Lunatic asylums Bombay report 1878-1890 - 1878-1890
Year: 1878
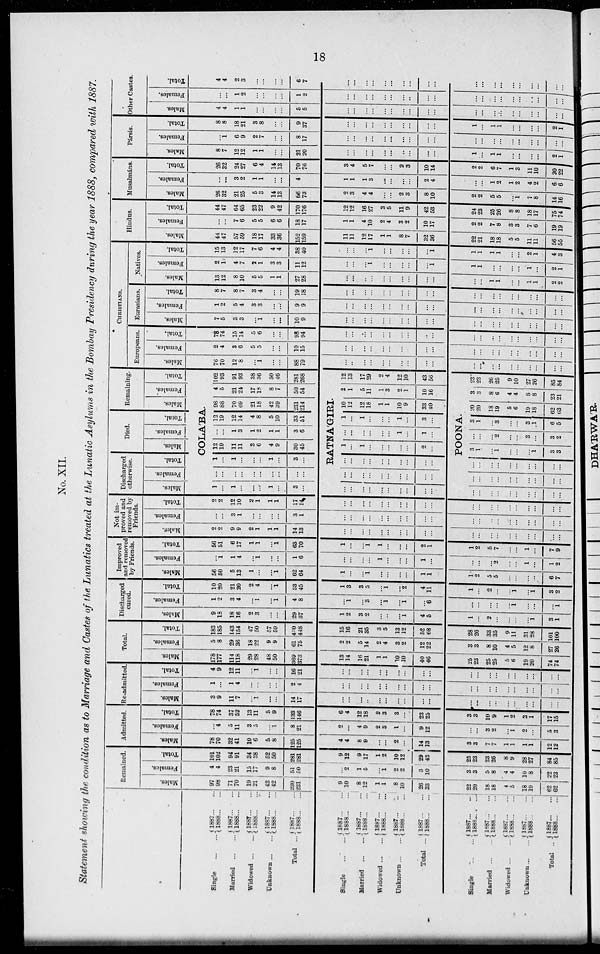
18
No. XII.
Statement showing the condition as to Marriage and Castes of the Lunatics treated at the Lunatic Asylums in the Bombay Presidency during the year 1888, compared with 1887.
Single ...
Married ...
Widowed ...
Unknown ...
Total ...
1887 ... ...
1888 ... ...
1887 ... ...
1888 ... ...
1887 ... ...
1888 ... ...
1887 ... ...
1888 ... ...
1887 ... ...
1888 ... ...
Single ...
Married
...
Widowed ...
Unknown ...
Total ...
Single ...
Married ...
Widowed ...
Unknown ...
Total ...
1887 ... ...
1888 ... ...
1887 ... ...
1888 ... ...
1887 ... ...
1888 ... ...
1887 ... ...
1888 ... ...
1887 ... ...
1888 ... ...
1887 ... ...
1888 ... ...
1887 ... ...
1888 ... ...
1887 ... ...
1888 ... ...
1887 ... ...
1888
...
...
1887 ... ...
1888 ... ...
Remained.
Males.
97
98
71
70
19
21
43
42
230
231
9
10
8
12
1
1
8
10
26
33
22
20
18
18
4
5
18
19
62
62
Females.
4
4
23
21
15
17
9
8
51
50
...
2
1
5
...
1
2
2
3
10
3
3
5
8
4
4
10
8
22
23
Total.
101
102
94
91
34
38
52
50
281
281
9
12
9
17
1
2
10
12
29
43
25
23
23
26
8
9
28
27
84
85
Admitted.
Males.
78
70
32
41
10
6
5
8
125
125
4
4
8
9
...
...
2
...
14
13
3
3
7
7
1
1
1
1
12
12
Females.
...
4
5
11
3
5
...
1
8
21
2
...
4
9
2
3
1
...
9
12
...
...
3
2
...
1
2
...
5
3
Total.
78
74
37
52
13
11
5
9
133
146
6
4
12
18
2
3
3
...
23
25
3
3
10
9
1
2
3
1
17
15
Re-admitted.
Males.
3
9
11
7
...
1
...
...
14
17
...
...
...
...
...
...
...
...
...
...
...
...
...
...
...
...
...
...
...
...
Females.
1
...
1
4
...
...
...
...
2
4
...
...
...
...
...
...
...
...
...
...
...
...
...
...
...
...
...
...
...
...
Total.
4
9
12
11
...
1
...
...
16
21
...
...
...
...
...
...
...
...
...
...
...
...
...
...
...
...
...
...
...
...
Total.
Males.
178
177
114
118
29
28
48
50
369
373
13
14
16
21
1
1
10
10
40
46
25
23
25
25
5
6
19
20
74
74
Females.
5
8
29
36
18
22
9
9
61
75
2
2
5
14
2
4
3
2
12
22
3
3
8
10
4
5
12
8
27
26
Total.
183
185
143
154
47
50
57
59
430
448
15
16
21
35
3
5
13
12
52
68
28
26
33
35
9
11
31
28
101
100
Discharged
cured.
Males.
9
18
18
16
2
3
...
...
29
37
1
2
3
2
...
...
...
1
4
5
1
...
2
...
...
...
...
1
3
1
Females.
1
2
3
4
...
1
...
1
4
8
...
1
...
3
...
1
...
1
...
6
...
...
...
...
...
1
...
...
...
1
Total.
10
20
21
20
2
4
...
1
33
45
1
3
3
5
...
1
...
2
4
11
1
...
2
...
...
1
...
1
3
2
Improved
and removed
by Friends.
Males.
56
50
5
13
1
...
...
1
62
64
1
...
...
1
...
...
...
...
1
1
1
2
5
5
...
...
...
...
6
7
Females.
...
1
1
4
...
1
...
...
1
6
...
...
...
...
1
...
...
...
1
...
...
...
...
2
...
...
1
...
1
2
Total.
56
51
6
17
1
1
...
1
63
70
1
...
...
1
1
...
...
...
2
1
1
2
5
7
...
...
1
...
7
9
Not im-
proved and
removed by
Friends.
Males.
2
2
9
9
2
1
1
1
14
13
...
...
...
...
...
...
...
...
...
...
...
...
...
...
...
...
...
...
...
...
Females.
...
...
3
1
...
...
...
...
3
1
...
...
...
...
...
...
...
...
...
...
...
...
...
...
...
...
...
...
...
...
Total.
2
2
12
10
2
1
1
1
17
14
...
...
...
...
...
...
...
...
...
...
...
...
...
...
...
...
...
...
...
...
Discharged
otherwise.
Males.
Females.
Total.
Died.
Males.
Females.
Total.
Remaining.
Males.
Females.
Total.
COLA'BA.
1
...
1
...
...
...
1
...
3
...
...
...
...
...
...
...
...
...
...
...
1
...
1
...
...
...
1
...
3
...
12
19
11
11
3
6
4
9
30
45
...
...
1
3
1
2
1
1
3
6
12
19
12
14
4
8
5
10
33
51
98
88
70
69
21
18
42
39
231
214
4
5
21
24
17
18
8
7
50
54
102
93
91
93
38
36
50
46
281
268
RATNA'GIRI.
...
...
...
...
...
...
...
...
...
...
...
...
...
...
...
...
...
...
...
...
...
...
...
...
...
...
...
...
...
...
1
...
1
...
...
...
...
...
2
...
...
...
...
...
...
...
1
...
1
...
1
...
1
...
...
...
1
...
3
...
10
12
12
18
1
1
10
9
33
40
2
1
5
11
1
3
2
1
10
16
12
13
17
29
2
4
12
10
43
56
POONA.
...
...
...
...
...
...
...
...
...
...
...
...
...
...
...
...
...
...
...
...
...
...
...
...
...
...
...
...
...
...
3
1
...
1
...
...
1
3
3
...
...
...
2
...
...
3
...
3
2
3
1
...
3
...
...
3
1
6
5
20
20
18
19
5
6
19
18
62
63
3
3
8
6
4
4
8
8
23
21
23
23
26
25
9
10
27
26
85
84
CHRISTIANS.
Europeans.
Males.
76
70
12
8
...
1
...
...
88
79
...
...
...
...
...
...
...
...
...
...
...
...
...
...
...
...
...
...
...
...
Females.
2
4
3
6
5
5
...
...
10
15
...
...
...
...
...
...
...
...
...
...
...
...
...
...
...
...
...
...
...
...
Total.
78
74
15
14
5
6
...
...
98
94
...
...
...
...
...
...
...
...
...
...
...
...
...
...
...
...
...
...
...
...
Eurasians.
Males.
7
5
3
3
...
1
...
...
10
9
...
...
...
...
...
...
...
...
...
...
...
...
...
...
...
...
...
...
...
...
Females.
1
2
5
4
3
3
...
...
9
9
...
...
...
...
...
...
...
...
...
...
...
...
...
...
...
...
...
...
...
...
Total.
8
7
8
7
3
4
...
...
19
18
...
...
...
...
...
...
...
...
...
...
...
...
...
...
...
...
...
...
...
...
Natives.
Males.
13
12
8
10
5
5
1
1
27
28
...
...
...
...
...
...
...
...
...
...
...
...
1
1
...
...
1
1
2
2
Females.
2
1
4
7
2
1
3
3
11
12
...
...
...
1
...
...
...
...
...
1
1
1
...
...
...
...
1
...
2
1
Total.
15
13
12
17
7
6
4
4
38
40
...
...
...
1
...
...
...
...
...
1
1
1
1
1
...
...
2
1
4
3
Hindus.
Males.
44
47
57
59
18
17
33
36
152
159
11
11
12
17
1
1
8
7
32
36
22
21
18
18
5
5
11
11
56
55
Females.
...
...
7
6
5
5
6
6
18
17
1
1
4
10
2
4
3
2
10
17
2
2
7
8
3
3
7
6
19
19
Total.
44
47
64
65
23
22
9
42
170
176
12
12
16
27
3
5
11
9
42
53
24
23
25
26
8
8
18
17
75
74
Musalmáns.
Males.
26
32
21
25
5
3
14
13
66
73
2
3
4
4
...
...
2
3
8
10
2
2
5
5
...
1
7
8
14
16
Females.
...
...
3
2
1
1
...
...
4
...
1
1
1
3
...
...
...
...
2
4
...
...
1
2
1
2
4
2
6
6
Total.
26
32
24
27
6
4
14
13
70
76
3
4
5
7
...
...
2
3
10
14
2
2
6
7
1
3
11
10
20
22
Pársis.
Males.
8
7
12
12
1
1
...
...
21
20
...
...
...
...
...
...
...
...
...
...
1
...
1
1
...
...
...
...
2
1
Females.
...
1
6
9
2
7
...
...
8
17
...
...
...
...
...
...
...
...
...
...
...
...
...
...
...
...
...
...
...
...
Total.
8
8
18
21
3
8
...
...
9
37
...
...
...
...
...
...
...
...
...
...
1
...
1
1
...
...
...
...
2
1
Other Castes.
Males.
4
4
1
1
...
...
...
...
5
5
...
...
...
...
...
...
...
...
...
...
...
...
...
...
...
...
...
...
...
...
Females.
...
...
1
2
...
...
...
...
1
2
...
...
...
...
...
...
...
...
...
...
...
...
...
...
...
...
...
...
...
...
Total.
4
4
2
3
...
...
...
...
6
7
...
...
...
...
...
...
...
...
...
...
...
...
...
...
...
...
...
...
...
...